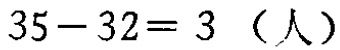
\(35 - 32 = 3\)（人）